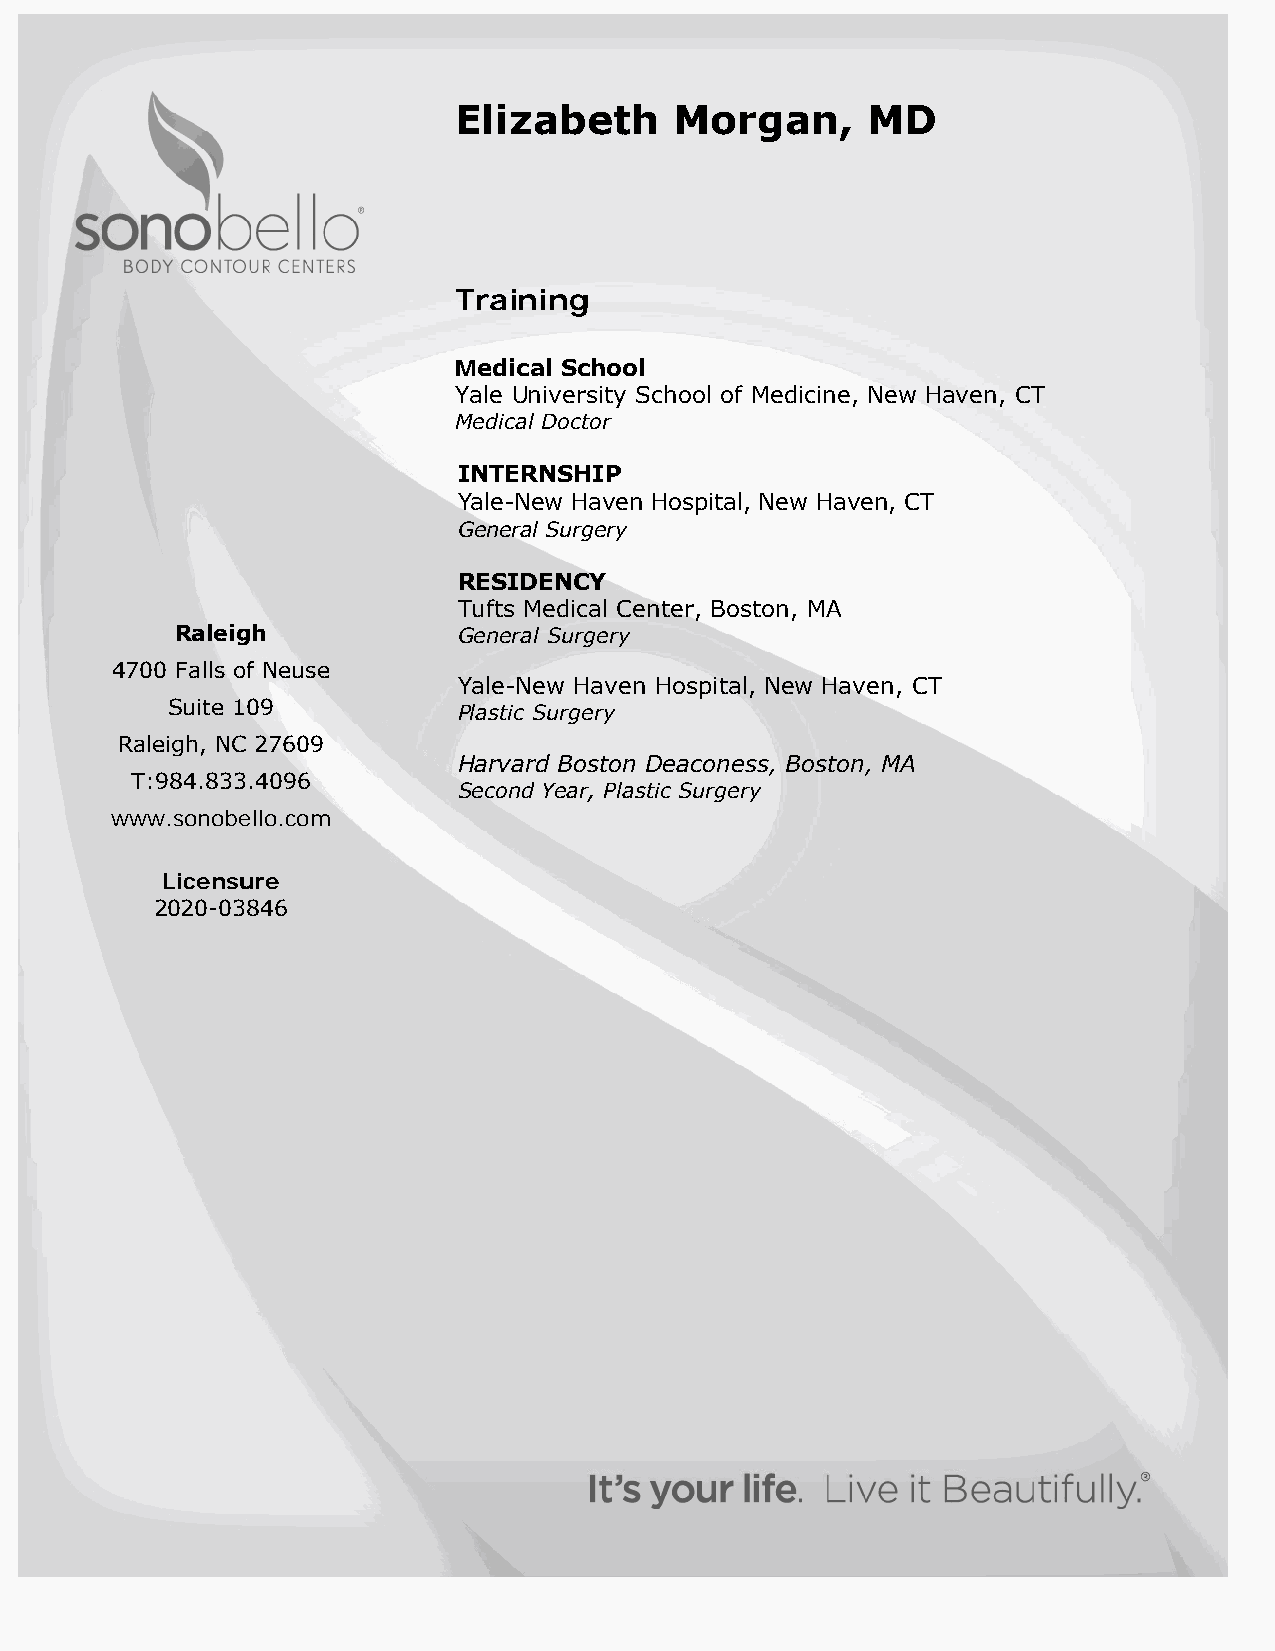
Elizabeth      Morgan,     MD
 Training
 Medical School
 Yale University School of Medicine, New Haven, CT
 Medical Doctor
 INTERNSHIP
 Yale-New Haven Hospital, New Haven, CT
 General Surgery
 Raleigh
 RESIDENCY
 4700 Falls of Neuse
 Tufts Medical Center, Boston, MA
 Suite 109          General Surgery
 Raleigh, NC 27609
 Yale-New Haven Hospital, New Haven, CT
 T:984.833.4096
 Plastic Surgery
 www.sonobello.com
 FELLOWSHIP
 Harvard Boston Deaconess, Boston, MA
 Licensure
 Plastic Surgery
 2020-03846